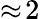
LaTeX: \approx\! 2